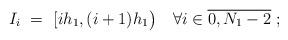
LaTeX: \begin{align*}I_{i}~=~[ih_1, (i+1)h_1\big)\quad\forall i\in \overline{0,N_1-2}~;\end{align*}